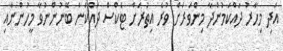
އަދި މިހާރު ދައްކަމުންދާ މިންވަރަށް ވުރެ އިތުރަށް ޓެކްސް ދައްކަން ބޭނުންނުވާ މީހުންނާއި